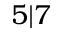
5 | 7